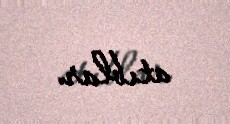
atıblar.